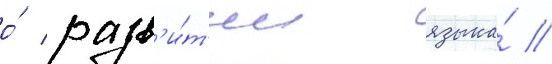
о́ разв'и́т'ии языка́ //